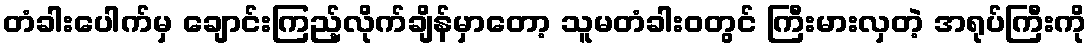
တံခါးပေါက်မှ ချောင်းကြည့်လိုက်ချိန်မှာတော့ သူမတံခါး၀တွင် ကြီးမားလှတဲ့ အရုပ်ကြီးကို